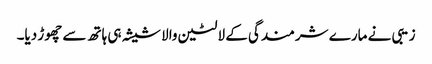
زیبی نے مارے شرمندگی کے لالٹین والا شیشہ ہی ہاتھ سے چھوڑ دیا۔